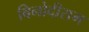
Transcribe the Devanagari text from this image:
बिनोदीराम